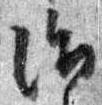
治